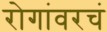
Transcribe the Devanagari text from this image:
रोगांवरचं